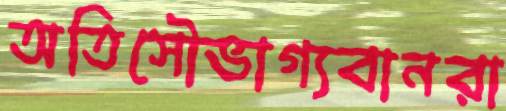
অতিসৌভাগ্যবানরা